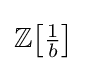
\mathbb {Z} {\bigl [}{\tfrac {1}{b}}{\bigr ]}